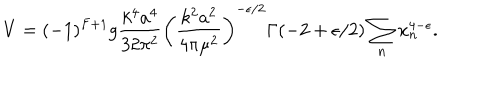
LaTeX: V = ( - 1 ) ^ { F + 1 } g { \frac { k ^ { 4 } a ^ { 4 } } { 3 2 \pi ^ { 2 } } } \left( { \frac { k ^ { 2 } a ^ { 2 } } { 4 \pi \mu ^ { 2 } } } \right) ^ { - \epsilon / 2 } \Gamma ( - 2 + \epsilon / 2 ) \sum _ { n } x _ { n } ^ { 4 - \epsilon } .